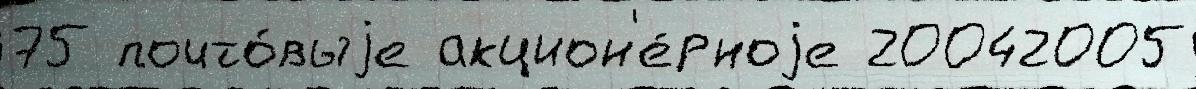
75 почто́выjе акцион'е́рноjе 20042005